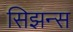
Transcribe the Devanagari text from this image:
सिझन्स